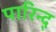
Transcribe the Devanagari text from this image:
पारिन्द्